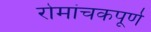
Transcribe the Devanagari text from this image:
रोमांचकपूर्ण